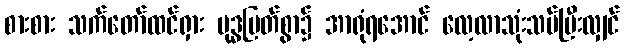
စားစား သက်တော်ထင်ရှား ဗုဒ္ဓမြတ်စွာ၌ အာရုံရအောင် လေ့လာသုံးသပ်ပြီးလျှင်